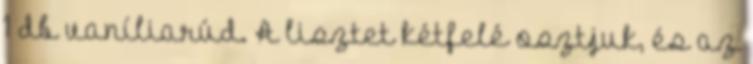
1 db vaníliarúd. A lisztet kétfelé osztjuk, és az